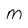
Character: M